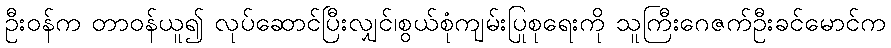
ဦးဝန်က တာဝန်ယူ၍ လုပ်ဆောင်ပြီးလျှင်၊စွယ်စုံကျမ်းပြုစုရေးကို သူကြီးဂေဇက်ဦးခင်မောင်က